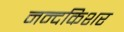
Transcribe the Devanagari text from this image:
नन्दकिशर